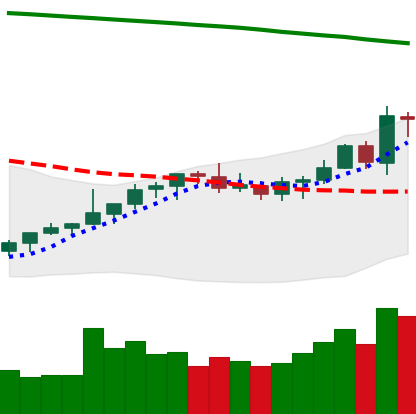
Ticker: LTC-USD
Chart end date: 2021-08-10
Forward return: 11.751%
Label: up_7plus